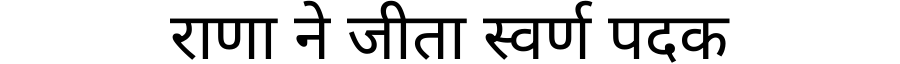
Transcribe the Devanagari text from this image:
राणा ने जीता स्वर्ण पदक